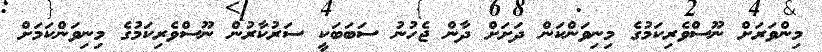
މިންވަރަށް ނޫސްވެރިކަމުގެ މިނިވަންކަން ދަށަށް ދާން ޖެހުނު ސަބަބަކީ ސަރުކާރުން ނޫސްވެރިކަމުގެ މިނިވަންކަމަށް